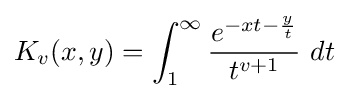
K_{v}(x,y)=\int _{1}^{\infty }{\frac {e^{-xt-{\frac {y}{t}}}}{t^{v+1}}}~dt